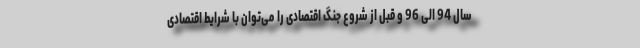
سال 94 الی 96 و قبل از شروع جنگ اقتصادی را می‌توان با شرایط اقتصادی